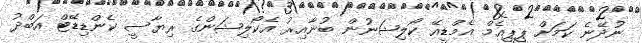
ނުދޭނެ ކަމަށް ޕީޕީއެމް އެމްޑީއޭ ކޯލިޝަނުން ބުނާއިރު އެކޯލިޝަންގެ ރިޔާސީ ކެންޑިޑޭޓް އަބްދު